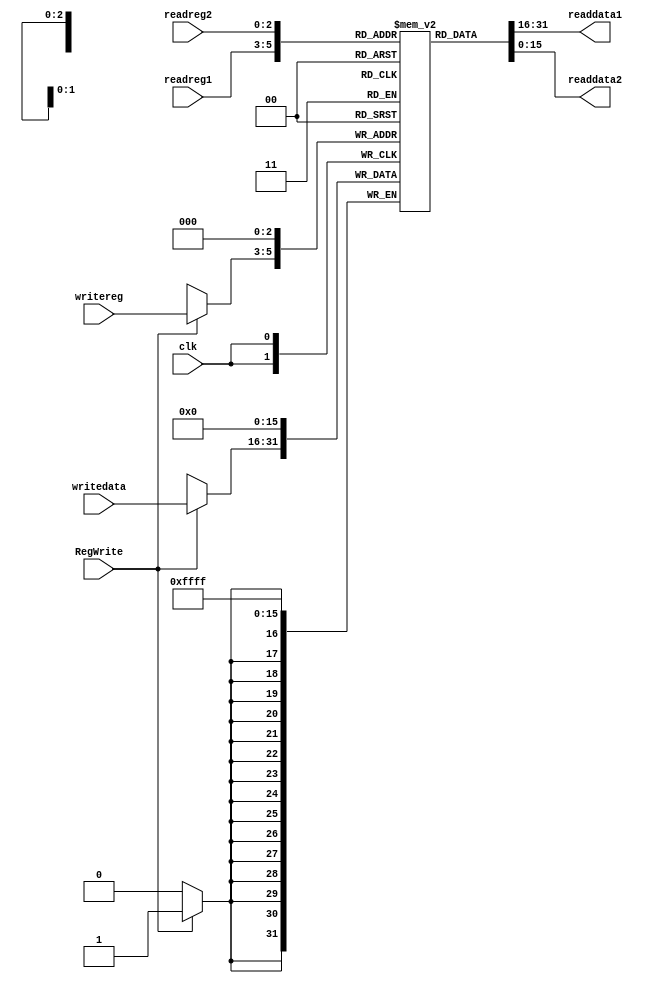
module RegFile (clk, readreg1, readreg2, writereg, writedata, RegWrite, readdata1, readdata2);
  input [2:0] readreg1, readreg2, writereg;
  input [15:0] writedata;
  input clk, RegWrite;
  output [15:0] readdata1, readdata2;

  reg [15:0] regfile [7:0];

  always @(posedge clk)
  begin
    regfile[0]=0;
		  	if (RegWrite) 
	 				regfile[writereg] <= writedata;
           $display("The binary value of a %b register now is: %b", writereg , writedata);
  end

  assign readdata1 = regfile[readreg1];
  assign readdata2 = regfile[readreg2];
endmodule